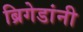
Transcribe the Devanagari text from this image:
ब्रिगेडांनी